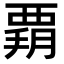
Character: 𧟶